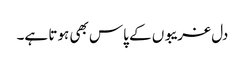
دل غریبوں کے پاس بھی ہوتا ہے۔